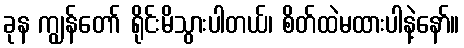
ခုန ကျွန်တော် ရိုင်းမိသွားပါတယ်၊ စိတ်ထဲမထားပါနဲ့နော်။